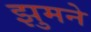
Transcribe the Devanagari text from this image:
झुमने